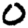
Digit: 0